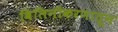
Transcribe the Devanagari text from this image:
विलिनीकरणातून